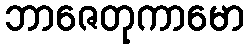
ဘာဇေတုကာမော